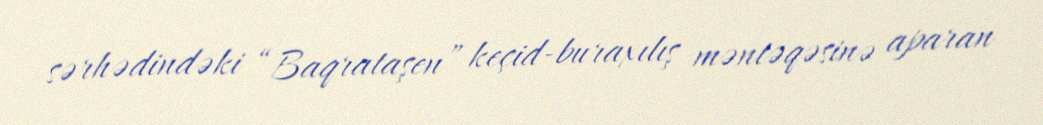
sərhədindəki “Baqrataşen” keçid-buraxılış məntəqəsinə aparan